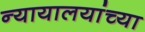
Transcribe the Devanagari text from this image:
न्यायालयांच्या